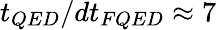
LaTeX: t_{QED}/dt_{FQED}\approx 7